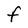
Character: F